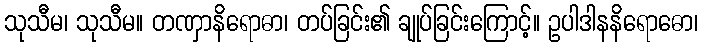
သုသီမ၊ သုသီမ။ တဏှာနိရောဓာ၊ တပ်ခြင်း၏ ချုပ်ခြင်းကြောင့်။ ဥပါဒါနနိရောဓော၊